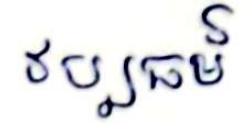
វប្បធម៍